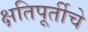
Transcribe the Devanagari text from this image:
क्षतिपूर्तीचे